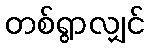
တစ်ရွာလျှင်